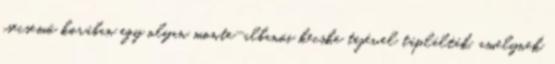
csecsemő korában egy olyan monte-albanói kecske tejé­vel táplálták, amelynek